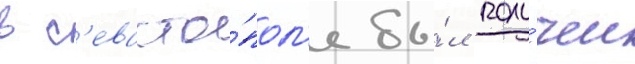
в с'евасто́пол'е бы́л полу́чен